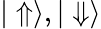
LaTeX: {|\Uparrow\rangle},{|\Downarrow\rangle}